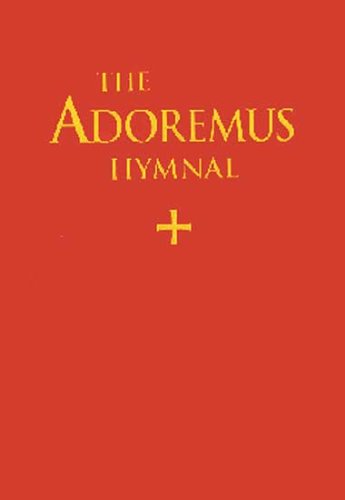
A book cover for Adoremus Hymnal - Choir Edition; Ignatius Press; Christian Books & Bibles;